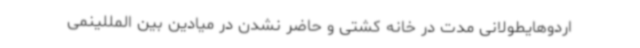
اردوهایطولانی مدت در خانه کشتی و حاضر نشدن در میادین بین المللینمی